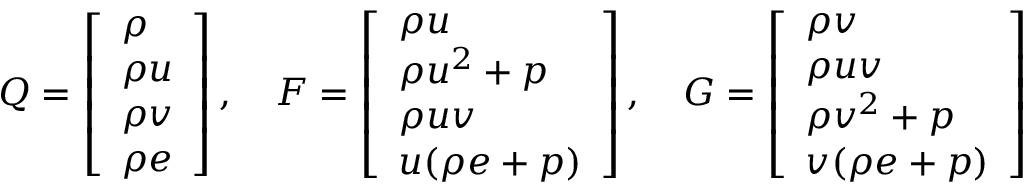
Q = \left[ \begin{array} { l } { \rho } \\ { \rho u } \\ { \rho v } \\ { \rho e } \end{array} \right] , \quad F = \left[ \begin{array} { l } { \rho u } \\ { \rho u ^ { 2 } + p } \\ { \rho u v } \\ { u ( \rho e + p ) } \end{array} \right] , \quad G = \left[ \begin{array} { l } { \rho v } \\ { \rho u v } \\ { \rho v ^ { 2 } + p } \\ { v ( \rho e + p ) } \end{array} \right]